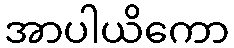
အာပါယိကော